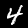
Label: 4